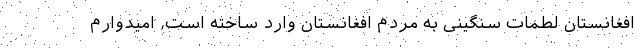
افغانستان لطمات سنگینی به مردم افغانستان وارد ساخته است، امیدوارم